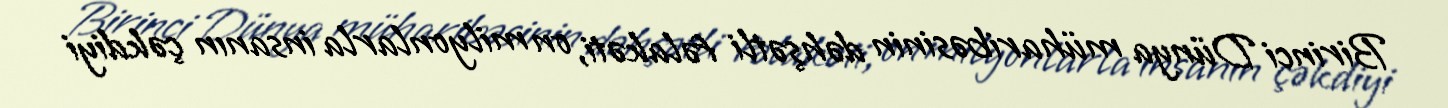
Birinci Dünya müharibəsinin dəhşətli fəlakəti, on milyonlarla insanın çəkdiyi